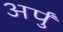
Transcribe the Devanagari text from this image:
अर्पुं